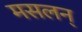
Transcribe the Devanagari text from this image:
मसलन्